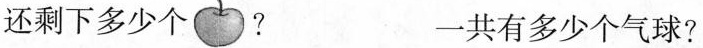
还剩下多少个？ 一共有多少个气球？